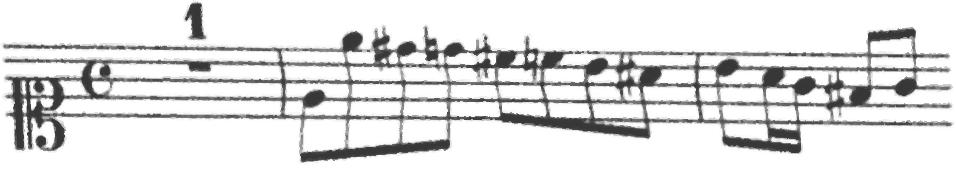
Transcription: clef-C1 timeSignature-C multirest-1 barline note-E4_eighth note-E5_eighth note-D#5_eighth note-D5_eighth note-C#5_eighth note-C5_eighth note-B4_eighth note-A#4_eighth barline note-B4_eighth note-A4_sixteenth note-G4_sixteenth note-F#4_eighth note-G4_eighth